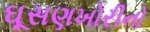
ઘૂસણખોરીનો